Lunatic asylums Bombay report 1878-1890 - 1878-1890
Year: 1878
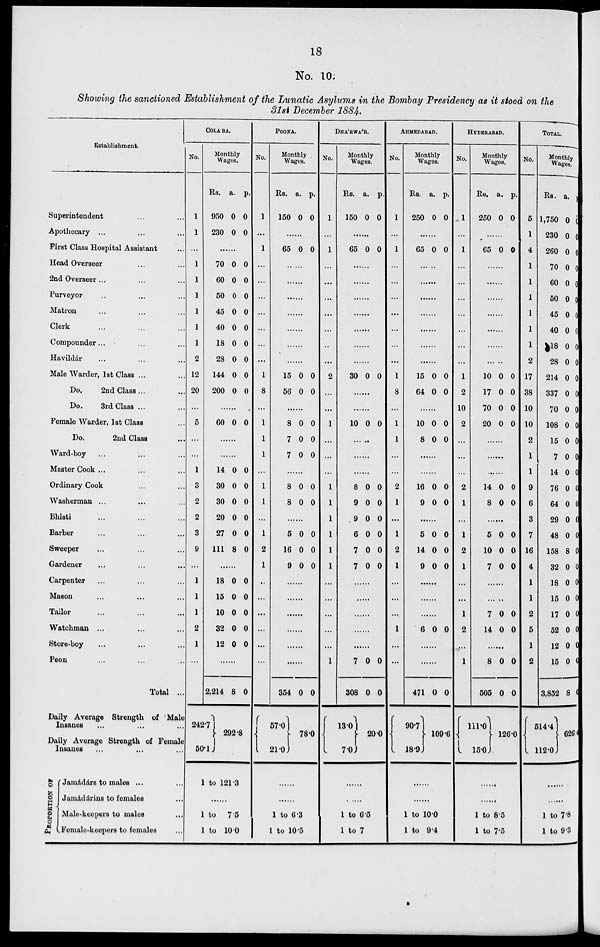
18
No. 10.
Showing the sanctioned Establishment of the Lunatic Asylums in the Bombay Presidency as it stood on the
31st December 1884.
Establishment.
Superintendent ... ...
Apothecary ... ... ...
First Class Hospital Assistant ...
Head Overseer ... ...
2nd Overseer ... ... ...
Purveyor ... ... ...
Matron ... ... ...
Clerk ... ... ...
Compounder ... ... ...
Havildár ... ... ...
Male Warder, 1st Class .... ...
Do.
2nd Class ... ...
Do.
3rd Class ... ...
Female Warder, 1st Class ...
Do.
2nd Class ...
Ward-boy ... ... ...
Master Cook ... ...
Ordinary Cook ... ...
Washerman ... ... ...
Bhisti ... ... ...
Barber ... ... ...
Sweeper ... ... ...
Gardener ... ... ...
Carpenter ... ... ...
Mason ... ... ...
Tailor ... ... ...
Watchman ... ... ...
Store-boy ... ... ...
Peon ... ... ...
Total ...
Daily Average Strength of Male
Insanes ... ... ...
Daily Average Strength of Female
Insanes ... ... ...
PROPORTION OF
Jamádárs to males ... ...
Jamádárins to females ...
Male-keepers to males ...
Female-keepers to females ...
COLABA.
No.
1
1
...
1
1
1
1
1
1
2
12
20
...
5
...
...
1
3
2
2
3
9
...
1
1
1
2
1
...
Monthly
Wages.
Rs.
950
230
a.
0
0
p.
0
0
......
70
60
50
45
40
18
28
144
200
0
0
0
0
0
0
0
0
0
0
0
0
0
0
0
0
0
0
......
60 0 0
......
......
14
30
30
20
27
111
0
0
0
0
0
8
0
0
0
0
0
0
......
18
15
10
32
12
0
0
0
0
0
0
0
0
0
0
......
2,214
242.7
50.1
8 0
292.8
1 to 121.3
......
1 to
7.5
1 to 10.0
POONA.
No.
1
...
1
...
...
...
...
...
...
...
1
8
...
1
1
1
...
1
1
...
1
2
1
...
...
...
...
...
...
Monthly
Wages.
Rs.
150
a.
0
p.
0
......
65 0 0
......
......
......
......
......
......
......
15
56
0
0
0
0
......
8
7
7
0
0
0
0
0
0
......
8
8
0
0
0
0
......
5
16
9
0
0
0
0
0
0
......
......
......
......
......
......
354
57.0
21.0
0 0
78.0
......
......
1 to 6.3
1 to 10.5
DHÁRWÁR.
No.
1
...
1
...
...
...
...
...
...
...
2
...
...
1
...
...
...
1
1
1
1
1
1
...
...
...
...
...
1
Monthly
Wages.
Rs.
150
a.
0
p.
0
65 0 0
......
......
......
......
......
......
......
30 0 0
......
......
10 0 0
......
......
8
9
9
6
7
7
0
0
0
0
0
0
0
0
0
0
0
0
......
......
......
......
......
7
308
13.0
7.0
0
0
0
0
20 0
......
1 to 6.5
1 to 7
AHMEDABAD.
No.
1
...
1
...
...
...
...
...
...
...
1
8
...
1
1
...
...
2
1
...
1
2
1
...
...
...
1
...
...
Monthly
Wages.
Rs.
250
a.
0
p.
0
......
65 0 0
......
......
......
......
......
......
......
15
64
0
0
0
0
......
10
8
0
0
0
0
......
......
16
9
0
0
0
0
......
5
14
9
0
0
0
0
0
0
......
......
......
6 0 0
......
......
471
90.7
18.9.
0 0
109.6
......
......
1 to 10.0
1 to 9.4
HYDERABAD.
No.
1
...
1
...
...
...
...
...
...
...
1
2
10
2
...
...
...
2
1
...
1
2
1
...
...
1
2
...
1
Monthly
Wages.
Rs.
250
a.
0
p.
0
65 0 0
......
......
......
......
......
......
10
17
70
20
0
0
0
0
0
0
0
0
......
14
8
0
0
0
0
......
5
10
7
0
0
0
0
0
0
......
7
14
0
0
0
0
......
8
505
111.0
15.0
0
0
0
0
126.0
......
......
1 to 8.5
1 to 7.5
TOTAL.
No.
5
1
4
1
1
1
1
1
1
2
17
38
10
10
2
1
1
9
6
3
7
16
4
1
1
2
5
1
2
Monthly
Wages.
Rs.
1,750
230
260
70
60
50
45
40
18
28
214
337
70
108
15
7
14
76
64
29
48
158
32
18
15
17
52
12
15
3,852
514.4
112.0
a.
0
0
0
0
0
0
0
0
0
0
0
0
0
0
0
0
0
0
0
0
0
8
0
0
0
0
0
0
0
8
p.
0
0
0
0
0
0
0
0
0
0
0
0
0
0
0
0
0
0
0
0
0
0
0
0
0
0
0
0
0
0
624.4
......
......
1 to 7.8
1 to 9.3